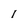
Character: 1